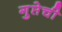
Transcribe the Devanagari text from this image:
गुप्तेची